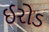
ઈરોડ